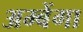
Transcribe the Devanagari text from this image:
अम्बेंगा